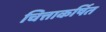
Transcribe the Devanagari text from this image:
चित्ताकर्षित